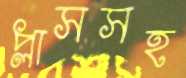
প্লাসসহ